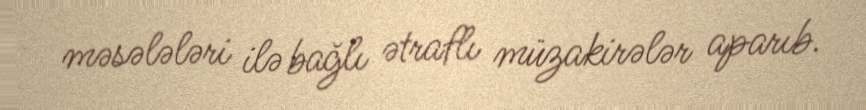
məsələləri ilə bağlı ətraflı müzakirələr aparıb.